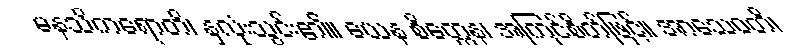
မနသိကရောတိ၊ နှလုံးသွင်း၏။ ယေန စိတ္တေန၊ အကြင်စိတ်ဖြင့်။ အာသေဝတိ၊